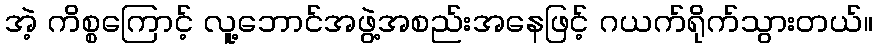
အဲ့ ကိစ္စကြောင့် လူ့ဘောင်အဖွဲ့အစည်းအနေဖြင့် ဂယက်ရိုက်သွားတယ်။